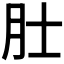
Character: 𬚯